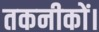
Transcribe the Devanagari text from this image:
तकनीकों।